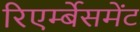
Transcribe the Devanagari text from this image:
रिएर्म्बेसमेंट